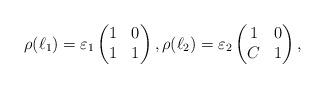
LaTeX: \begin{align*}\rho(\ell_{1})=\varepsilon_{1}\begin{pmatrix}1 & 0\\1 & 1\end{pmatrix},\rho(\ell_{2})=\varepsilon_{2}\begin{pmatrix}1 & 0\\C & 1\end{pmatrix}, \end{align*}